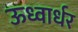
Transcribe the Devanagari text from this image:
ऊध्वार्धर